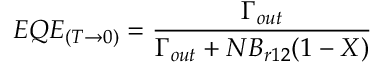
E Q E _ { ( T \rightarrow 0 ) } = \frac { \Gamma _ { o u t } } { \Gamma _ { o u t } + N B _ { r 1 2 } ( 1 - X ) }